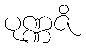
ပုဏ္ဏဇိ